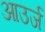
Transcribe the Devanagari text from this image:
आउर्ज